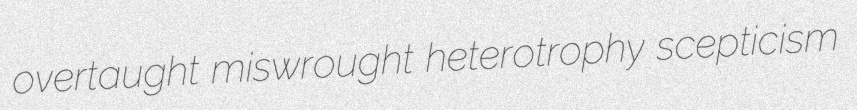
overtaught miswrought heterotrophy scepticism